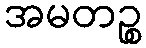
အမတဉ္စ